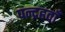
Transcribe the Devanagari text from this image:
पन्द्रहवाँ